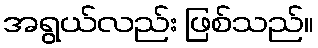
အရွယ်လည်း ဖြစ်သည်။